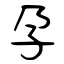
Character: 孕